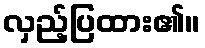
လှည့်ပြထား၏။